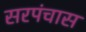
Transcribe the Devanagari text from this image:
सरपंचास